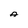
Character: A